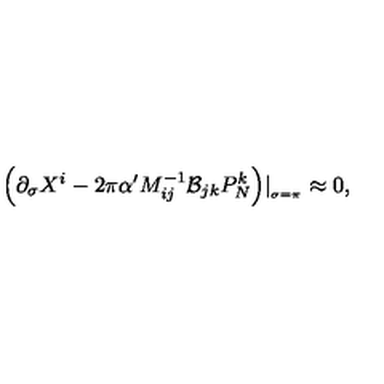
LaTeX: \Big ( \partial _ { \sigma } X ^ { i } - 2 \pi \alpha ^ { \prime } M _ { i j } ^ { - 1 } { \cal B } _ { j k } P _ { N } ^ { k } \Big ) \vert _ { _ { \sigma = \pi } } \approx 0 ,